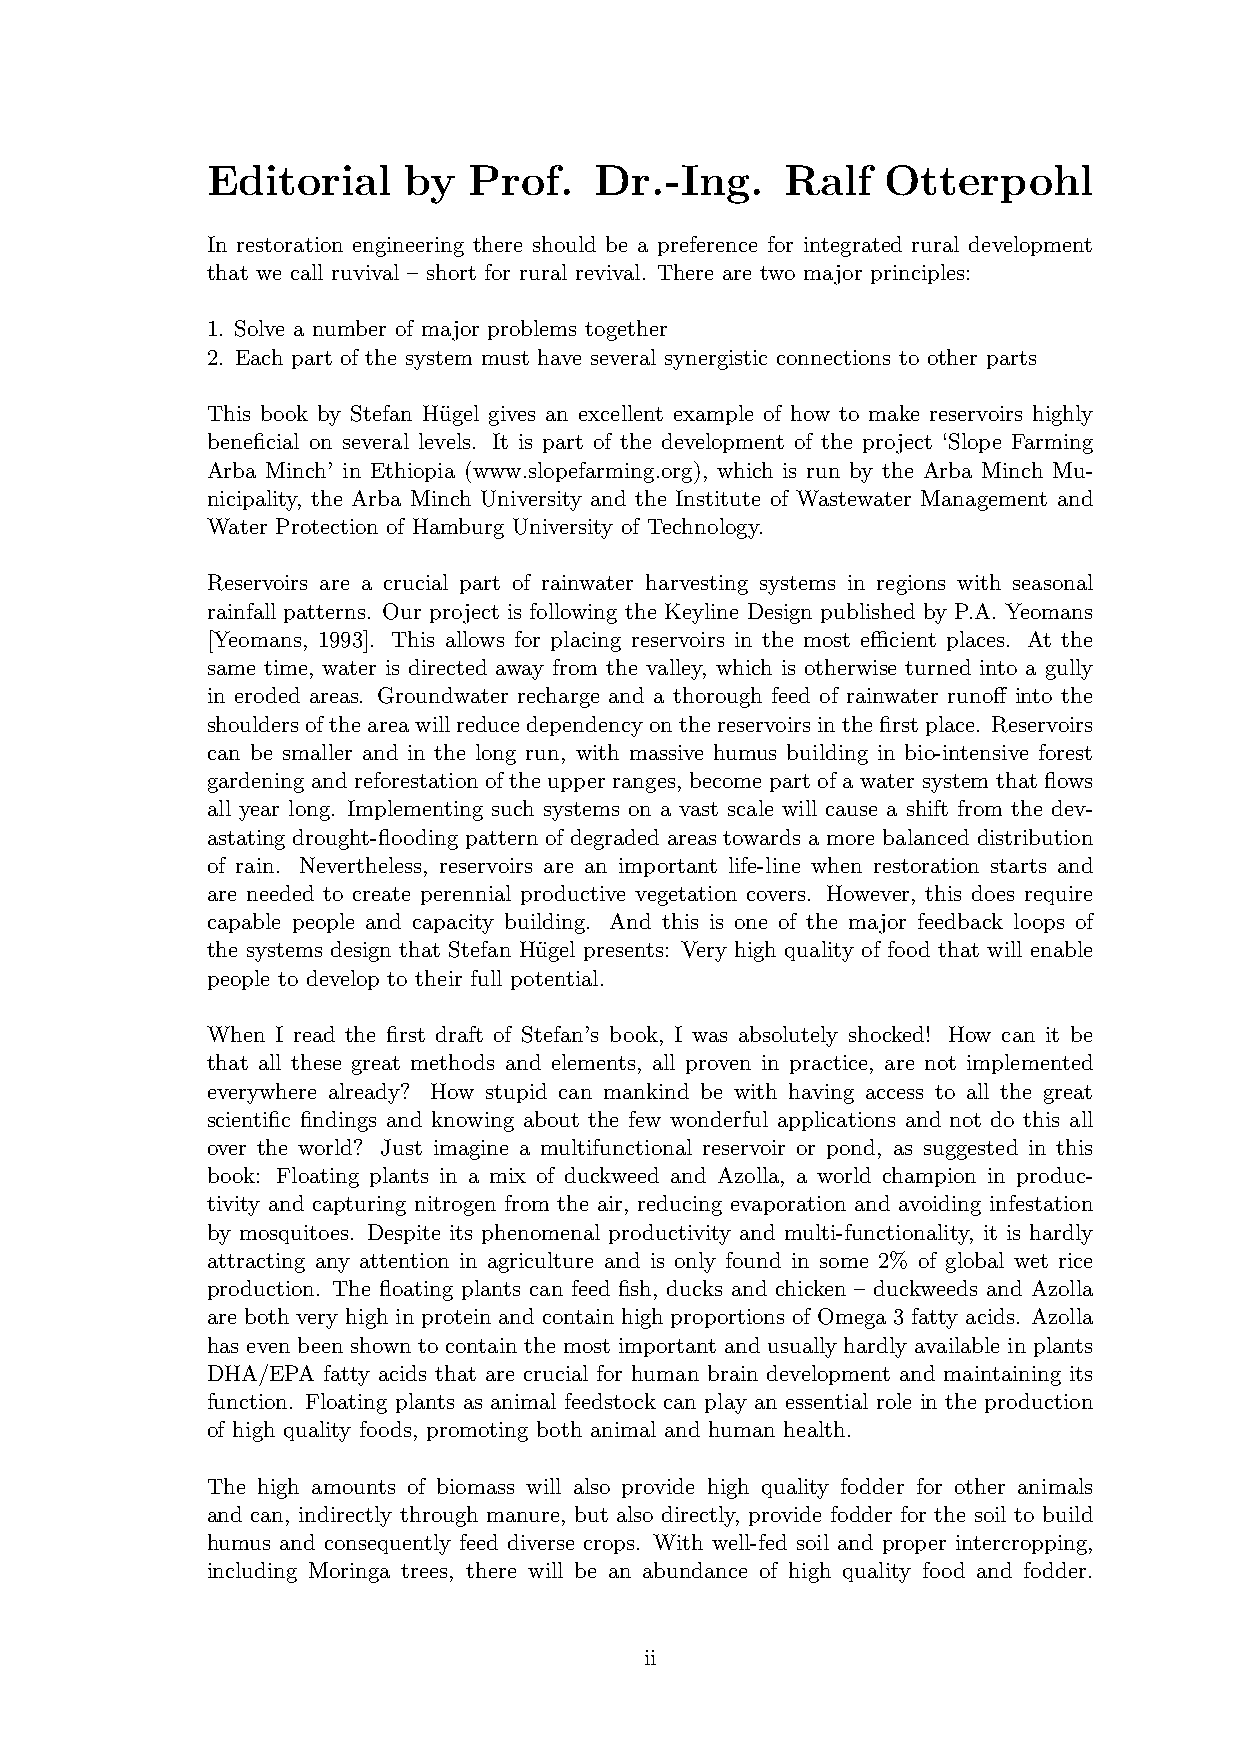
Editorial    by  Prof.   Dr.-Ing.     Ralf   Otterpohl
 In restoration engineering there should be a preference for integrated rural development
 that we call ruvival – short for rural revival. There are two major principles:
 1. Solve a number of major problems together
 2. Each part of the system must have several synergistic connections to other parts
 This book by Stefan Hu¨gel gives an excellent example of how to make reservoirs highly
 beneficial on several levels. It is part of the development of the project ‘Slope Farming
 Arba Minch’ in Ethiopia (www.slopefarming.org), which is run by the Arba Minch Mu-
 nicipality, the Arba Minch University and the Institute of Wastewater Management and
 Water Protection of Hamburg University of Technology.
 Reservoirs are a crucial part of rainwater harvesting systems in regions with seasonal
 rainfall patterns. Our project is following the Keyline Design published by P.A. Yeomans
 [Yeomans, 1993]. This allows for placing reservoirs in the most efficient places. At the
 same time, water is directed away from the valley, which is otherwise turned into a gully
 in eroded areas. Groundwater recharge and a thorough feed of rainwater runoff into the
 shouldersoftheareawillreducedependencyonthereservoirsinthefirstplace. Reservoirs
 can be smaller and in the long run, with massive humus building in bio-intensive forest
 gardening and reforestation of the upper ranges, become part of a water system that flows
 all year long. Implementing such systems on a vast scale will cause a shift from the dev-
 astating drought-flooding pattern of degraded areas towards a more balanced distribution
 of rain. Nevertheless, reservoirs are an important life-line when restoration starts and
 are needed to create perennial productive vegetation covers. However, this does require
 capable people and capacity building. And this is one of the major feedback loops of
 the systems design that Stefan Hu¨gel presents: Very high quality of food that will enable
 people to develop to their full potential.
 When I read the first draft of Stefan’s book, I was absolutely shocked! How can it be
 that all these great methods and elements, all proven in practice, are not implemented
 everywhere already? How stupid can mankind be with having access to all the great
 scientific findings and knowing about the few wonderful applications and not do this all
 over the world? Just imagine a multifunctional reservoir or pond, as suggested in this
 book: Floating plants in a mix of duckweed and Azolla, a world champion in produc-
 tivity and capturing nitrogen from the air, reducing evaporation and avoiding infestation
 by mosquitoes. Despite its phenomenal productivity and multi-functionality, it is hardly
 attracting any attention in agriculture and is only found in some 2% of global wet rice
 production. The floating plants can feed fish, ducks and chicken – duckweeds and Azolla
 are both very high in protein and contain high proportions of Omega 3 fatty acids. Azolla
 has even been shown to contain the most important and usually hardly available in plants
 DHA/EPA fatty acids that are crucial for human brain development and maintaining its
 function. Floating plants as animal feedstock can play an essential role in the production
 of high quality foods, promoting both animal and human health.
 The high amounts of biomass will also provide high quality fodder for other animals
 and can, indirectly through manure, but also directly, provide fodder for the soil to build
 humus and consequently feed diverse crops. With well-fed soil and proper intercropping,
 including Moringa trees, there will be an abundance of high quality food and fodder.
 ii